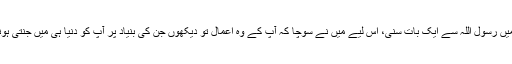
میں نے آپ کے بارے میں رسول اللہ سے ایک بات سنی، اس لیے میں نے سوچا کہ آپ کے وہ اعمال تو دیکھوں جن کی بنیاد پر آپ کو دنیا ہی میں جنتی ہونے کی بشارت دی گئی۔